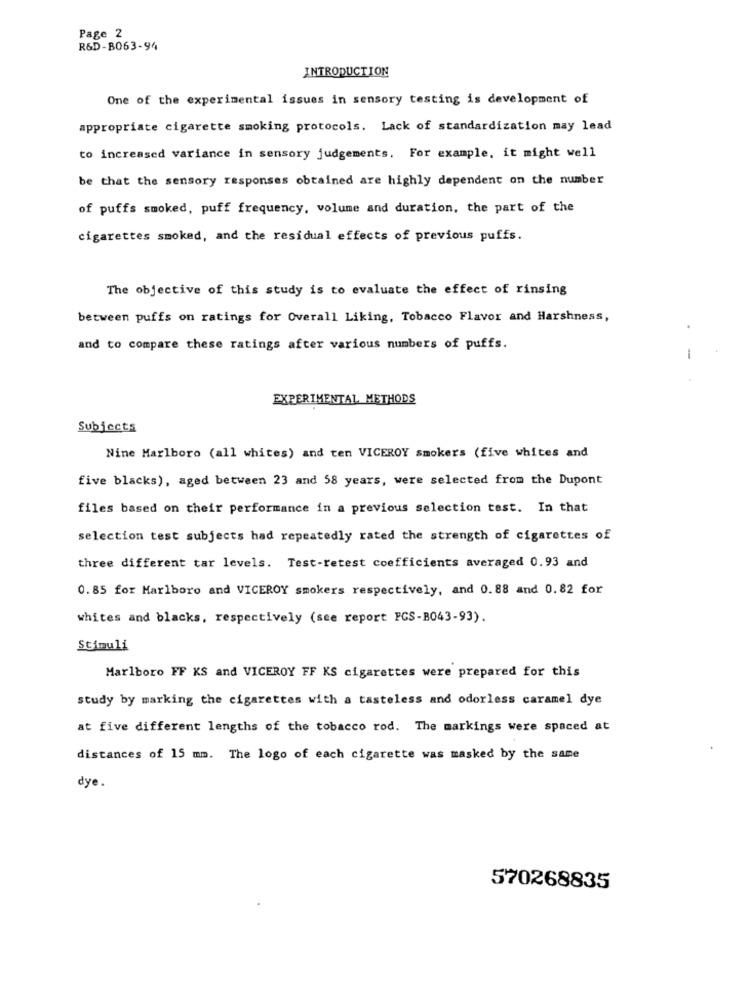
Page 2
R&D-B063-94
INTRODUCTION
One of the experimental issues in sensory testing is development of
appropriate cigarette smoking protocols. Lack of standardization may lead
to increased variance in sensory judgements. For example, it might well
be that the sensory responses obtained are highly dependent on the number
of puffs smoked, puff frequency, volume and duration, the part of the
cigarettes smoked, and the residual effects of previous puffs.
The objective of this study is to evaluate the effect of rinsing
between puffs on ratings for Overall Liking, Tobacco Flavor and Harshness,
and to compare these ratings after various numbers of puffs.
-
EXPERIMENTAL METHODS
Subjects
Nine Marlboro (all whites) and ten VICEROY smokers (five whites and
five blacks), aged between 23 and 58 years, were selected from the Dupont
files based on their performance in a previous selection test. In that
selection test subjects had repeatedly rated the strength of cigarettes of
three different tar levels. Test-retest coefficients averaged 0.93 and
0.85 for Marlboro and VICEROY smokers respectively, and 0.88 and 0.82 for
whites and blacks, respectively (see report PCS-B043-93).
Stimuli
Marlboro FF KS and VICEROY FF KS cigarettes were prepared for this
study by marking the cigarettes with a tasteless and odorless caramel dye
at five different lengths of the tobacco rod. The markings were spaced at
distances of 15 mm. The logo of each cigarette was masked by the same
dye.
570268835